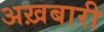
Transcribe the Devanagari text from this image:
अख़बारी